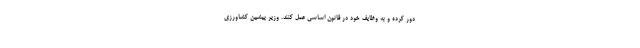
دور کرده و به وظایف خود در قانون اساسی عمل کنند. وزیر پیشین کشاورزی